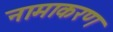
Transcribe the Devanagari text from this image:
नामाकरण्‍ा